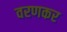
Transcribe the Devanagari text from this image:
वरणकर